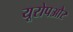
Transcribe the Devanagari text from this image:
यूरोपऔर